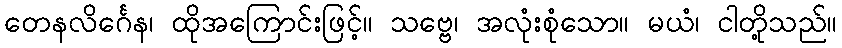
တေနလိင်္ဂေန၊ ထိုအကြောင်းဖြင့်။ သဗ္ဗေ၊ အလုံးစုံသော။ မယံ၊ ငါတို့သည်။